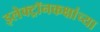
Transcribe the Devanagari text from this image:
इलेक्ट्रॉनकक्षांच्या